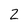
Character: 2